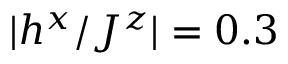
| h ^ { x } / J ^ { z } | = 0 . 3